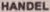
HANDEL